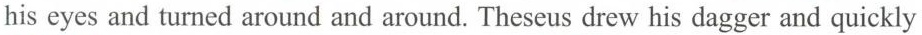
his eyes and turned around and around. Theseus drew his dagger and quickly